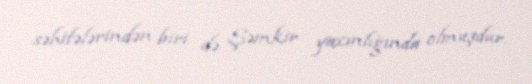
səhifələrindən biri də Şəmkir yaxınlığında olmuşdur.